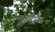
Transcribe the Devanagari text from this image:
जदुर